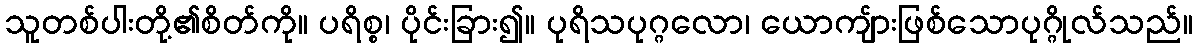
သူတစ်ပါးတို့၏စိတ်ကို။ ပရိစ္စ၊ ပိုင်းခြား၍။ ပုရိသပုဂ္ဂလော၊ ယောကျ်ားဖြစ်သောပုဂ္ဂိုလ်သည်။